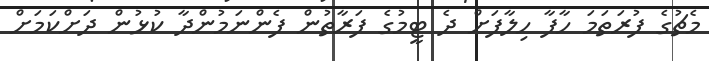
މެޗުގެ ފުރަތަމަ ހާފާ ހިލާފަށް ދެ ޓީމުގެ ފަރާތުން ފެންނަމުންދާ ކުޅުން ދަށްކަމަށް